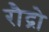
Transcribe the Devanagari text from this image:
रौद्रो